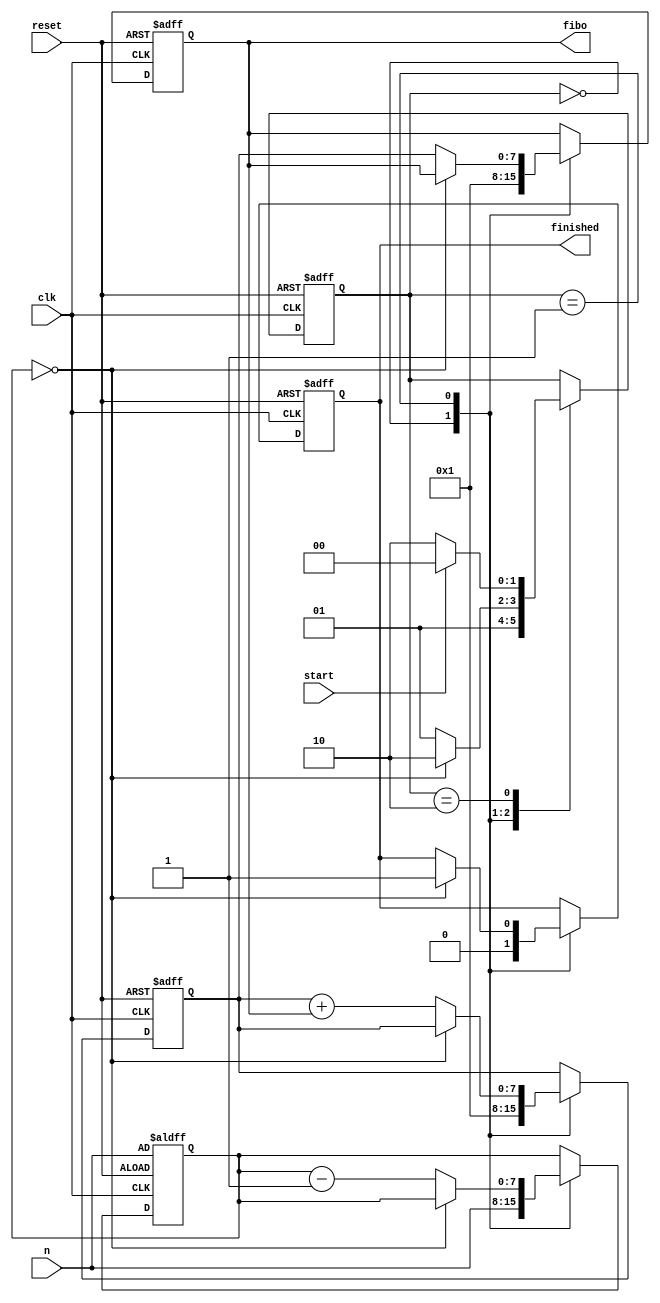
`timescale 1ns / 1ps
//////////////////////////////////////////////////////////////////////////////////
// Company: 
// Engineer: 
// 
// Design Name: 
// Module Name:    fibo 
// Project Name: 
// Target Devices: 
// Tool versions: 
// Description: 
//
// Dependencies: 
//
// Revision: 
// Revision 0.01 - File Created
// Additional Comments: 
//
//////////////////////////////////////////////////////////////////////////////////
module fibo(
    input [7:0] n,
	 input clk,
	 input reset,
	 input start,
    output [7:0] fibo,
	 output finished
	);
	
	localparam [1:0]
		ini = 2'b00,
		proc = 2'b01,
		done = 2'b10;
	
	reg [7:0] 	t1_reg,t1_next,
					t2_reg,t2_next,
					n_reg,n_next;
	
	reg [1:0] state_reg,state_next;
	reg finished_reg, finished_next;
	
	//Memoria
	always@(posedge clk, posedge reset)
	begin
		if(reset) begin
			t1_reg <= 7'b1;
			t2_reg <= 7'b1;
			n_reg <= n;
			state_reg <= ini;
			finished_reg <= 1'b0;
		end
		else begin
			t1_reg <= t1_next;
			t2_reg <= t2_next;
			n_reg <= n_next;
			finished_reg <= finished_next;
			state_reg <= state_next;
		end
	end
	
	//Logica proximo estado
	always @*
	begin
		t1_next = t1_reg;
		t2_next = t2_reg;
		n_next = n_reg;
		state_next = state_reg;
		finished_next = finished_reg;
		
		case(state_reg)
			ini:
			begin
				t1_next = 8'b0000001;
				t2_next = 8'b0000001;
				finished_next = 1'b0;
				state_next = proc;
				n_next = n;
			end
			proc:
				if(n_reg == 8'b0) begin
					state_next = done;
					finished_next = 1'b1;
				end
				else begin
					t2_next = t2_reg + t1_reg;
					t1_next = t2_reg;
					n_next = n_reg - 1;
					state_next = proc;
				end
			done:
				if(start)
					state_next = ini;
				else
					state_next = done;
		endcase
	end
	
	//Logica salida
	assign fibo = t1_reg;
	assign finished = finished_reg;
endmodule